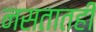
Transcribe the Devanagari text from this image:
नसतातही